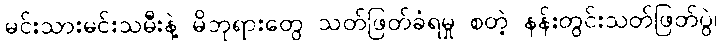
မင်းသားမင်းသမီးနဲ့ မိဘုရားတွေ သတ်ဖြတ်ခံရမှု စတဲ့ နန်းတွင်းသတ်ဖြတ်ပွဲ၊